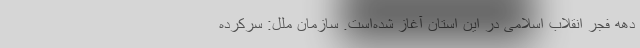
دهه فجر انقلاب اسلامی در این استان آغاز شده‌است. سازمان ملل: سرکرده